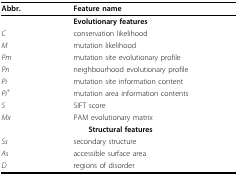
<table><thead><tr><td><b>Abbr.</b></td><td><b>Feature name</b></td></tr></thead><tbody><tr><td></td><td> <b>Evolutionary features</b></td></tr><tr><td><i>C</i></td><td>conservation likelihood</td></tr><tr><td><i>M</i></td><td>mutation likelihood</td></tr><tr><td><i>Pm</i></td><td>mutation site evolutionary profile</td></tr><tr><td><i>Pn</i></td><td>neighbourhood evolutionary profile</td></tr><tr><td><i>Pi</i></td><td>mutation site information content</td></tr><tr><td><i>Pi</i><sup>+</sup></td><td>mutation area information contents</td></tr><tr><td><i>S</i></td><td>SIFT score</td></tr><tr><td><i>Mx</i></td><td>PAM evolutionary matrix</td></tr><tr><td></td><td> <b>Structural features</b></td></tr><tr><td><i>Ss</i></td><td>secondary structure</td></tr><tr><td><i>As</i></td><td>accessible surface area</td></tr><tr><td><i>D</i></td><td>regions of disorder</td></tr></tbody></table>